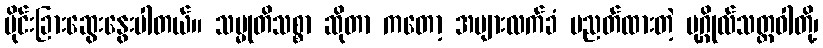
ပိုင်းခြားဆွေးနွေးပါတယ်။ သမ္မုတိသစ္စာ ဆိုတာ ကတော့ အများလက်ခံ ပညတ်ထားတဲ့ ပုဂ္ဂိုလ်သတ္တဝါတို့၊